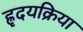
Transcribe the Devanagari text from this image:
ह्रृदयक्रिया